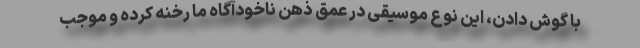
با گوش دادن، این نوع موسیقی در عمق ذهن ناخودآگاه ما رخنه کرده و موجب